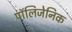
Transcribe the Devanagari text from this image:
पॉलिजेनिक